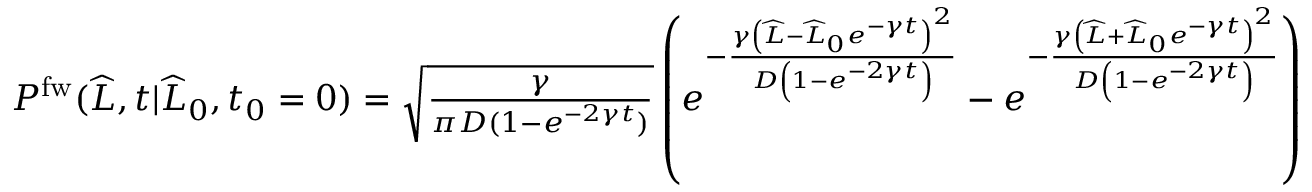
\begin{array} { r } { P ^ { \mathrm { f w } } ( \widehat { L } , t | \widehat { L } _ { 0 } , t _ { 0 } = 0 ) = \sqrt { \frac { \gamma } { \pi D ( 1 - e ^ { - 2 \gamma t } ) } } \left( e ^ { - \frac { \gamma \left( \widehat { L } - \widehat { L } _ { 0 } e ^ { - \gamma t } \right) ^ { 2 } } { D \left( 1 - e ^ { - 2 \gamma t } \right) } } - e ^ { - \frac { \gamma \left( \widehat { L } + \widehat { L } _ { 0 } e ^ { - \gamma t } \right) ^ { 2 } } { D \left( 1 - e ^ { - 2 \gamma t } \right) } } \right) } \end{array}